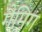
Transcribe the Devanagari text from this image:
गैमिग